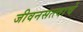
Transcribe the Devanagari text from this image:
जीवनसत्त्वाचे